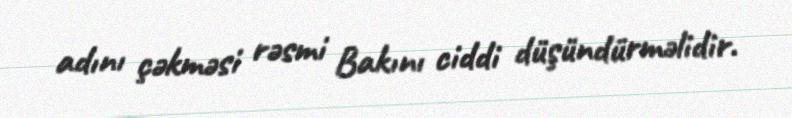
adını çəkməsi rəsmi Bakını ciddi düşündürməlidir.